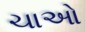
ચાઓ